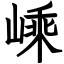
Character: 嵊